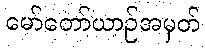
မော်တော်ယာဉ်အမှတ်